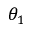
\theta _ { 1 }